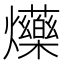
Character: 𤓈